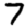
Digit: 7